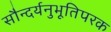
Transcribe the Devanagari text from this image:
सौन्दर्यनुभूतिपरक